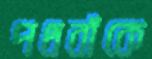
পথবাঁকে